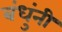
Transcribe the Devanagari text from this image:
बंधुंनी